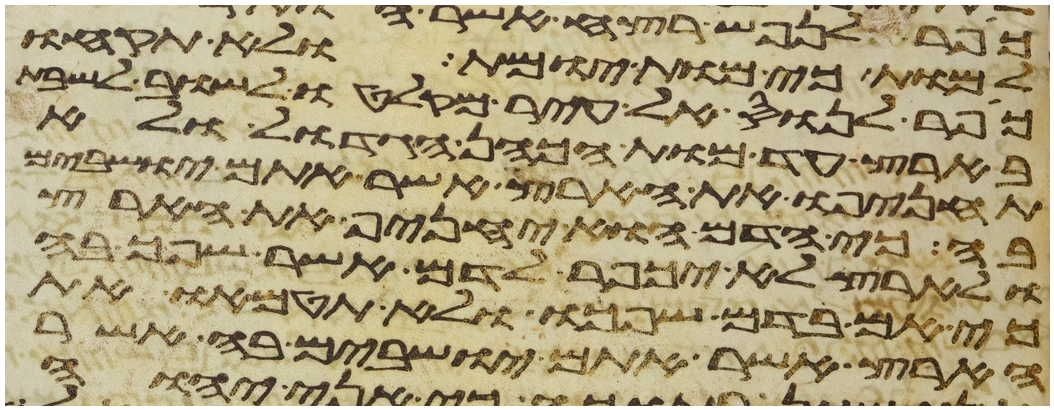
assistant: למות כי מות יומת ולא תקחו
כפר לנוס אל עיר מקלטו לשוב לשבת
בארץ עד מות הכהן הגדול ולא
תחניפו את הארץ אשר אתם ישבים
בה כי הדם הוא יחניף את הארץ
ולארץ לא יכפר לדם אשר שפך בה
כי אם בדם שפכו ולא תטמאו את
הארץ אשר אתם ישבים בה אשר